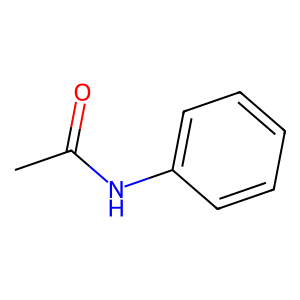
SMILES: CC(=O)Nc1ccccc1
Inhibits HIV replication: No